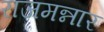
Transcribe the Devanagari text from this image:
राजमन्नार